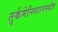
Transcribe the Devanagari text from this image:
तुर्कमेनिस्तानमधील